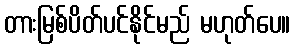
တားမြစ်ပိတ်ပင်နိုင်မည် မဟုတ်ပေ။